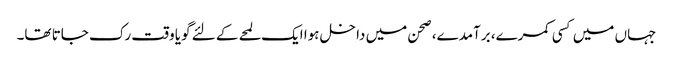
جہاں میں کسی کمرے، برآمدے، صحن میں داخل ہوا ایک لمحے کے لئے گویا وقت رک جاتا تھا۔